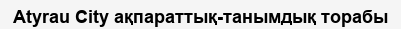
Atyrau City ақпараттық-танымдық торабы